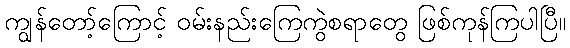
ကျွန်တော့်ကြောင့် ဝမ်းနည်းကြေကွဲစရာတွေ ဖြစ်ကုန်ကြပါပြီ။